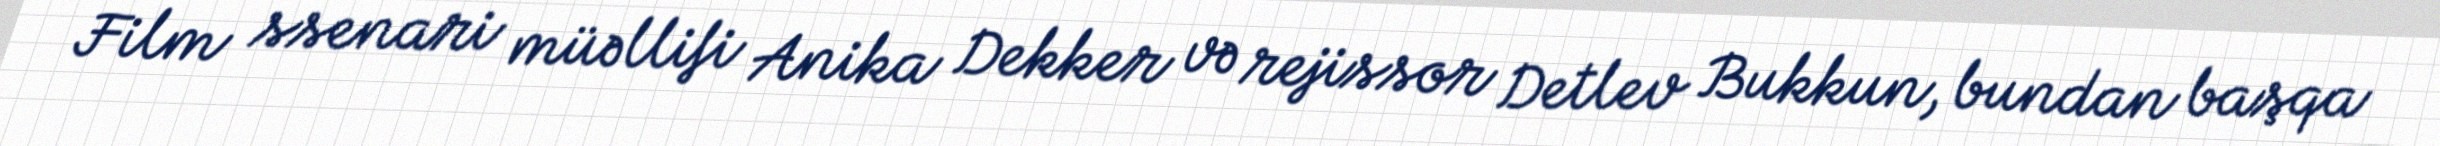
Film ssenari müəllifi Anika Dekker və rejissor Detlev Bukkun, bundan başqa